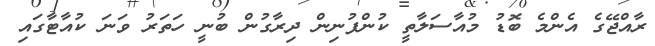
ރާއްޖޭގެ އެންމެ ބޮޑު މުއާސަލާތީ ކުންފުނިން ދިރާގުން ބުނީ ހަތަރު ވަނަ ކުއާޓާގައި